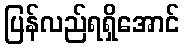
ပြန်လည်ရရှိအောင်